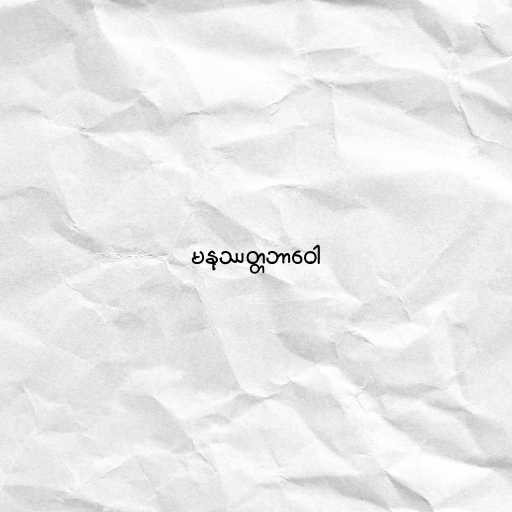
မနုဿတ္တဘာဝေါ